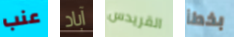
عنب آباد القريدس بخطأ